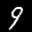
Label: 9